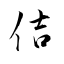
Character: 佶